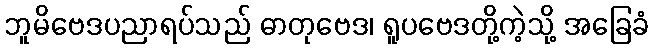
ဘူမိဗေဒပညာရပ်သည် ဓာတုဗေဒ၊ ရူပဗေဒတို့ကဲ့သို့ အခြေခံ